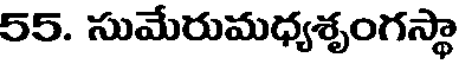
55. సుమేరుమధ్యశృంగస్థా